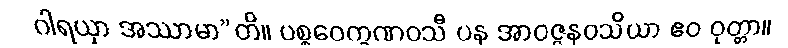
ဂါရယှာ အဿာမာ”တိ။ ပစ္စဝေက္ခဏဝသီ ပန အာဝဇ္ဇနဝသိယာ ဧဝ ဝုတ္တာ။